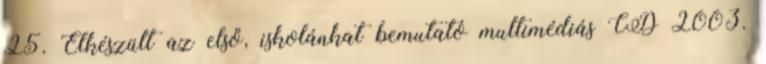
25. Elkészült az első, iskolánkat bemutató multimédiás CD 2003.